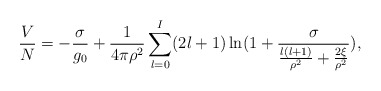
\begin{align*}\frac{V}{N}=-\frac{\sigma}{g_0}+\frac{1}{4\pi\rho^2}\sum_{l=0}^{I} (2l+1)\ln(1+\frac{\sigma}{\frac{l(l+1)}{\rho^2}+\frac{2\xi}{\rho^2} }),\end{align*}